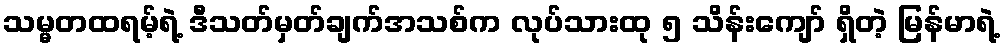
သမ္မတထရမ့်ရဲ့ ဒီသတ်မှတ်ချက်အသစ်က လုပ်သားထု ၅ သိန်းကျော် ရှိတဲ့ မြန်မာရဲ့